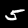
Digit: 5